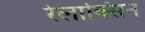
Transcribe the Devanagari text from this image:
रेलाक्सिन